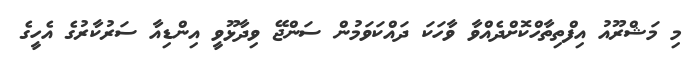
މި މަޝްރޫއު އިފްތިތާހްކޮށްދެއްވާ ވާހަކަ ދައްކަވަމުން ސަންޖޭ ވިދާޅޫވީ އިންޑިއާ ސަރުކާރުގެ އެހީގެ